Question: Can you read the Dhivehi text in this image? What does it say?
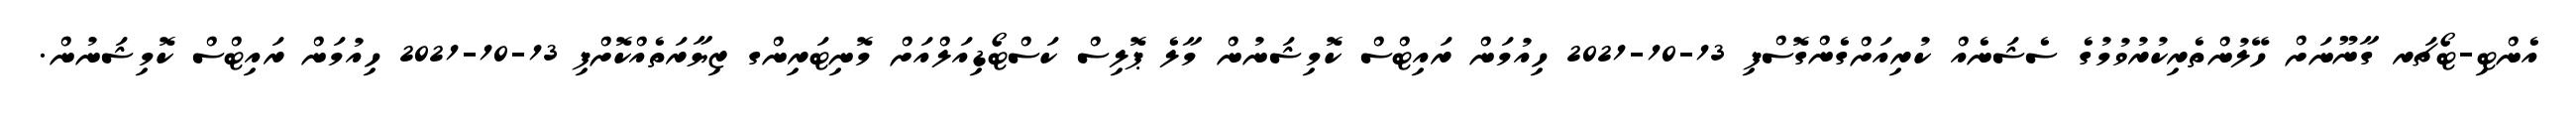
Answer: އެންޓި-ޓޯޗަރ ގާނޫނަށް ހޭލުންތެރިކުރުވުމުގެ ސެޝަނެއް ކުރިއަށްގެންގޮސްފި 13-10-2021 ހިއުމަން ރައިޓްސް ކޮމިޝަނުން މާލެ ޕޮލިސް ކަސްޓޯޑިއަލްއަށް މޮނިޓަރިންގ ޒިޔާރަތެއްކޮށްފި 13-10-2021 ހިއުމަން ރައިޓްސް ކޮމިޝަނުން.